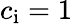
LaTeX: c_{\mathrm{i}}=1